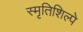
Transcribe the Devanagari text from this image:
स्मृतिशिल्पे